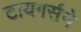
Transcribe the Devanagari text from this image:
टायगर्सने